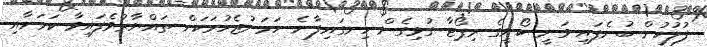
ފުލުހުން ބުނެފައި ވަނީ ކޯނީގެ ރިޕޯޓާ ގުޅިގެން ހިނގައިފާނެ ހަމަނުޖެހުމަކަށް ތައްޔާރުވެފައިވާ ކަމަށާއި